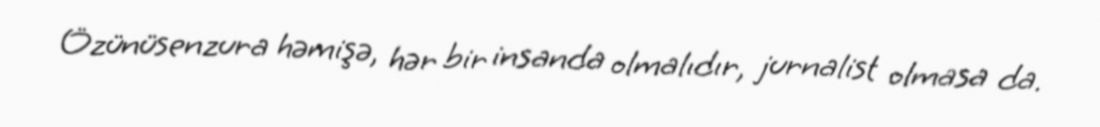
Özünüsenzura həmişə, hər bir insanda olmalıdır, jurnalist olmasa da.